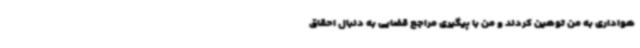
هواداری به من توهین کردند و من با پیگیری مراجع قضایی به دنبال احقاق